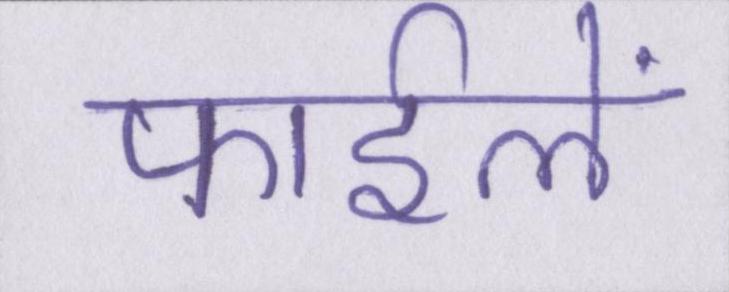
फाईलें